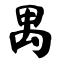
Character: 禺